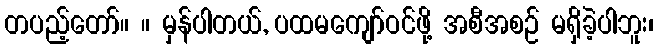
တပည့်တော်။ ။ မှန်ပါတယ်, ပထမကျော်ဝင်ဖို့ အစီအစဉ် မရှိခဲ့ပါဘူး၊